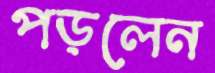
পড়লেন